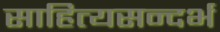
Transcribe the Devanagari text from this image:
साहित्यसन्दर्भ